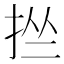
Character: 𢬕